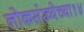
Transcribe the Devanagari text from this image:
लोकसंख्येच्या१४